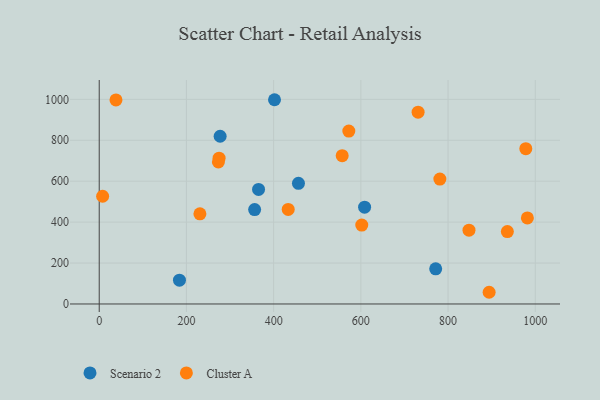
{"axis": {"x": "Investment", "y": "Fuel Efficiency"}, "legend": ["Cluster A", "Scenario 2"], "data": [{"x": "771.6", "y": 171.9, "type": "Scenario 2"}, {"x": "184.0", "y": 116.3, "type": "Scenario 2"}, {"x": "608.6", "y": 472.9, "type": "Scenario 2"}, {"x": "402.0", "y": 998.2, "type": "Scenario 2"}, {"x": "356.4", "y": 461.3, "type": "Scenario 2"}, {"x": "456.9", "y": 589.5, "type": "Scenario 2"}, {"x": "277.3", "y": 819.8, "type": "Scenario 2"}, {"x": "365.4", "y": 559.8, "type": "Scenario 2"}, {"x": "848.0", "y": 360.9, "type": "Cluster A"}, {"x": "978.3", "y": 758.9, "type": "Cluster A"}, {"x": "981.9", "y": 420.7, "type": "Cluster A"}, {"x": "731.3", "y": 937.3, "type": "Cluster A"}, {"x": "38.4", "y": 997.0, "type": "Cluster A"}, {"x": "230.9", "y": 440.4, "type": "Cluster A"}, {"x": "7.8", "y": 526.4, "type": "Cluster A"}, {"x": "602.1", "y": 385.6, "type": "Cluster A"}, {"x": "273.3", "y": 694.2, "type": "Cluster A"}, {"x": "572.4", "y": 844.9, "type": "Cluster A"}, {"x": "433.4", "y": 462.2, "type": "Cluster A"}, {"x": "274.9", "y": 712.7, "type": "Cluster A"}, {"x": "781.2", "y": 610.2, "type": "Cluster A"}, {"x": "557.2", "y": 724.6, "type": "Cluster A"}, {"x": "894.2", "y": 57.2, "type": "Cluster A"}, {"x": "936.0", "y": 353.7, "type": "Cluster A"}]}